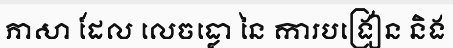
ភាសា ដែល លេចធ្លោ នៃ ការបង្រៀន និង